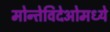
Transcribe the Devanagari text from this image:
मोन्तेविदेओमध्ये